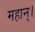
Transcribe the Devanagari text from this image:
महान्‌।